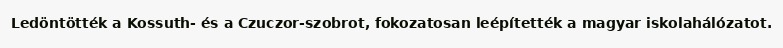
Ledöntötték a Kossuth- és a Czuczor-szobrot, fokozatosan leépítették a magyar iskolahálózatot.